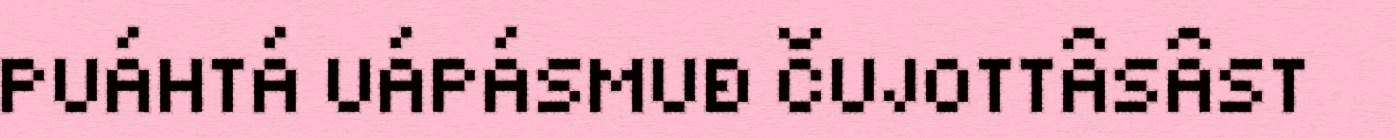
PUÁHTÁ UÁPÁSMUĐ ČUJOTTÂSÂST